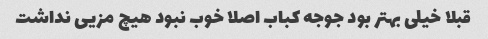
قبلا خیلی بهتر بود جوجه کباب اصلا خوب نبود هیچ مزیی نداشت